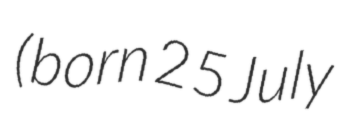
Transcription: (born 25 July